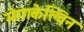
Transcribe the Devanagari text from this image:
मेगाकेल्विन